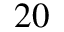
2 0